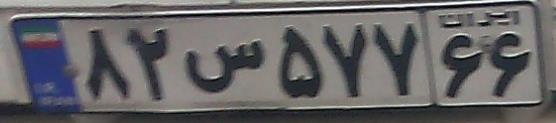
۸۲س۵۷۷۶۶